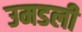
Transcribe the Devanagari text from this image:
उमडली